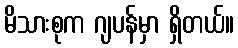
မိသားစုက ဂျပန်မှာ ရှိတယ်။